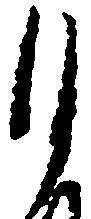
月